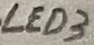
Text: LED3